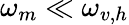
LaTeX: \omega_{m}\ll\omega_{v,h}